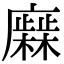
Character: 𢋹